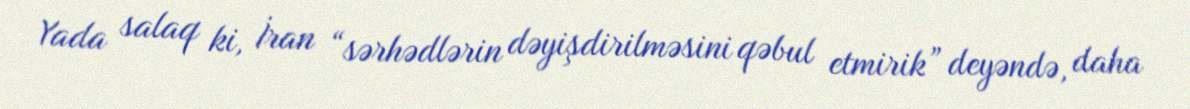
Yada salaq ki, İran “sərhədlərin dəyişdirilməsini qəbul etmirik” deyəndə, daha